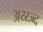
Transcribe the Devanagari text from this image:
अय्य्ज्ब्द